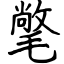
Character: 氅